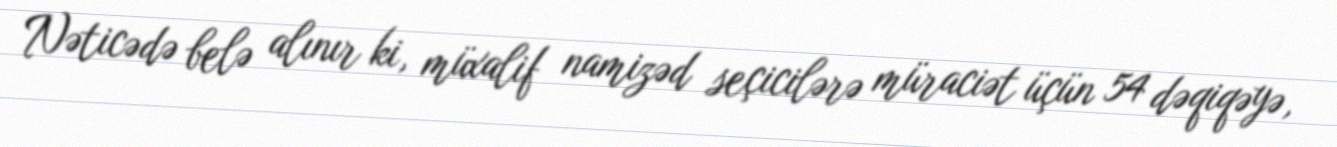
Nəticədə belə alınır ki, müxalif namizəd seçicilərə müraciət üçün 54 dəqiqəyə,